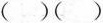
（ ）（ ）